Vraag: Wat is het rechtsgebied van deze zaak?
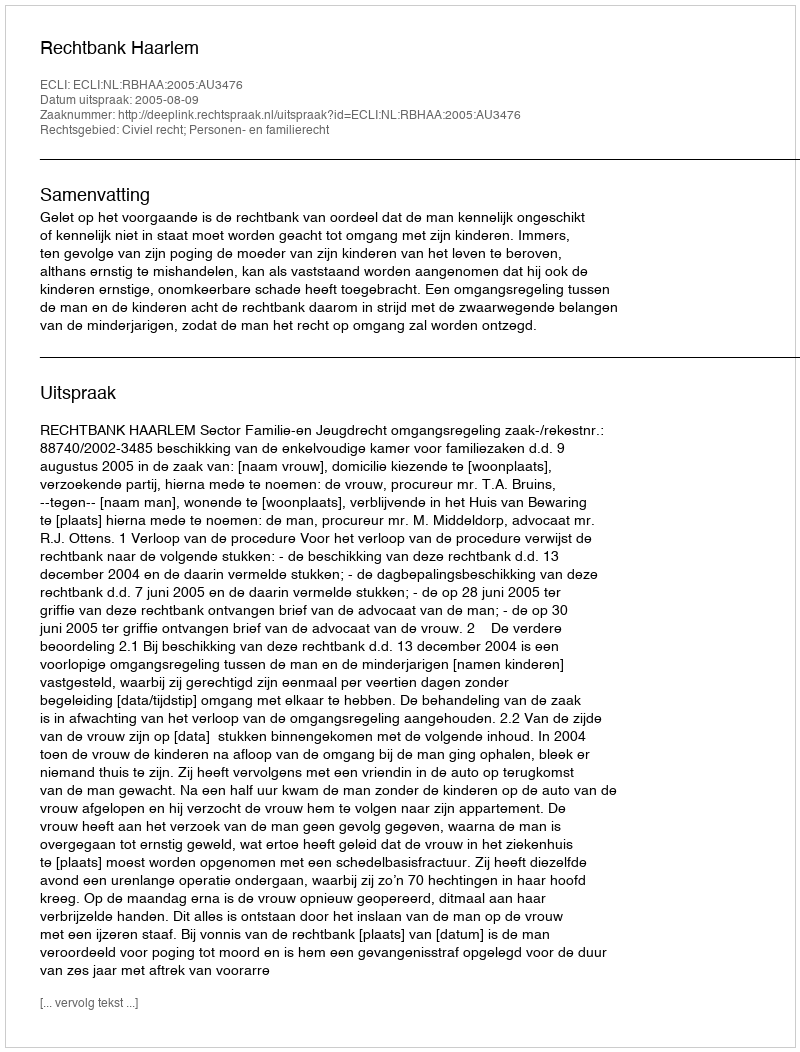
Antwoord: Civiel recht; Personen- en familierecht